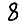
Digit: 8